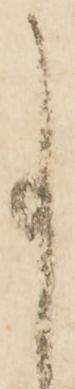
事